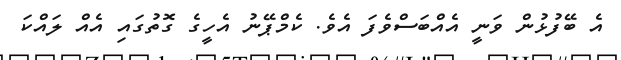
އެ ބޭފުޅުން ވަނީ އެއްބަސްވެފަ އެވެ. ކެމްޕޭނު އެހީގެ ގޮތުގައި އެއް ލައްކަ